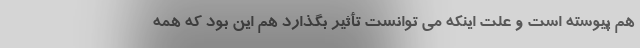
هم پیوسته است و علت اینکه می توانست تأثیر بگذارد هم این بود که همه